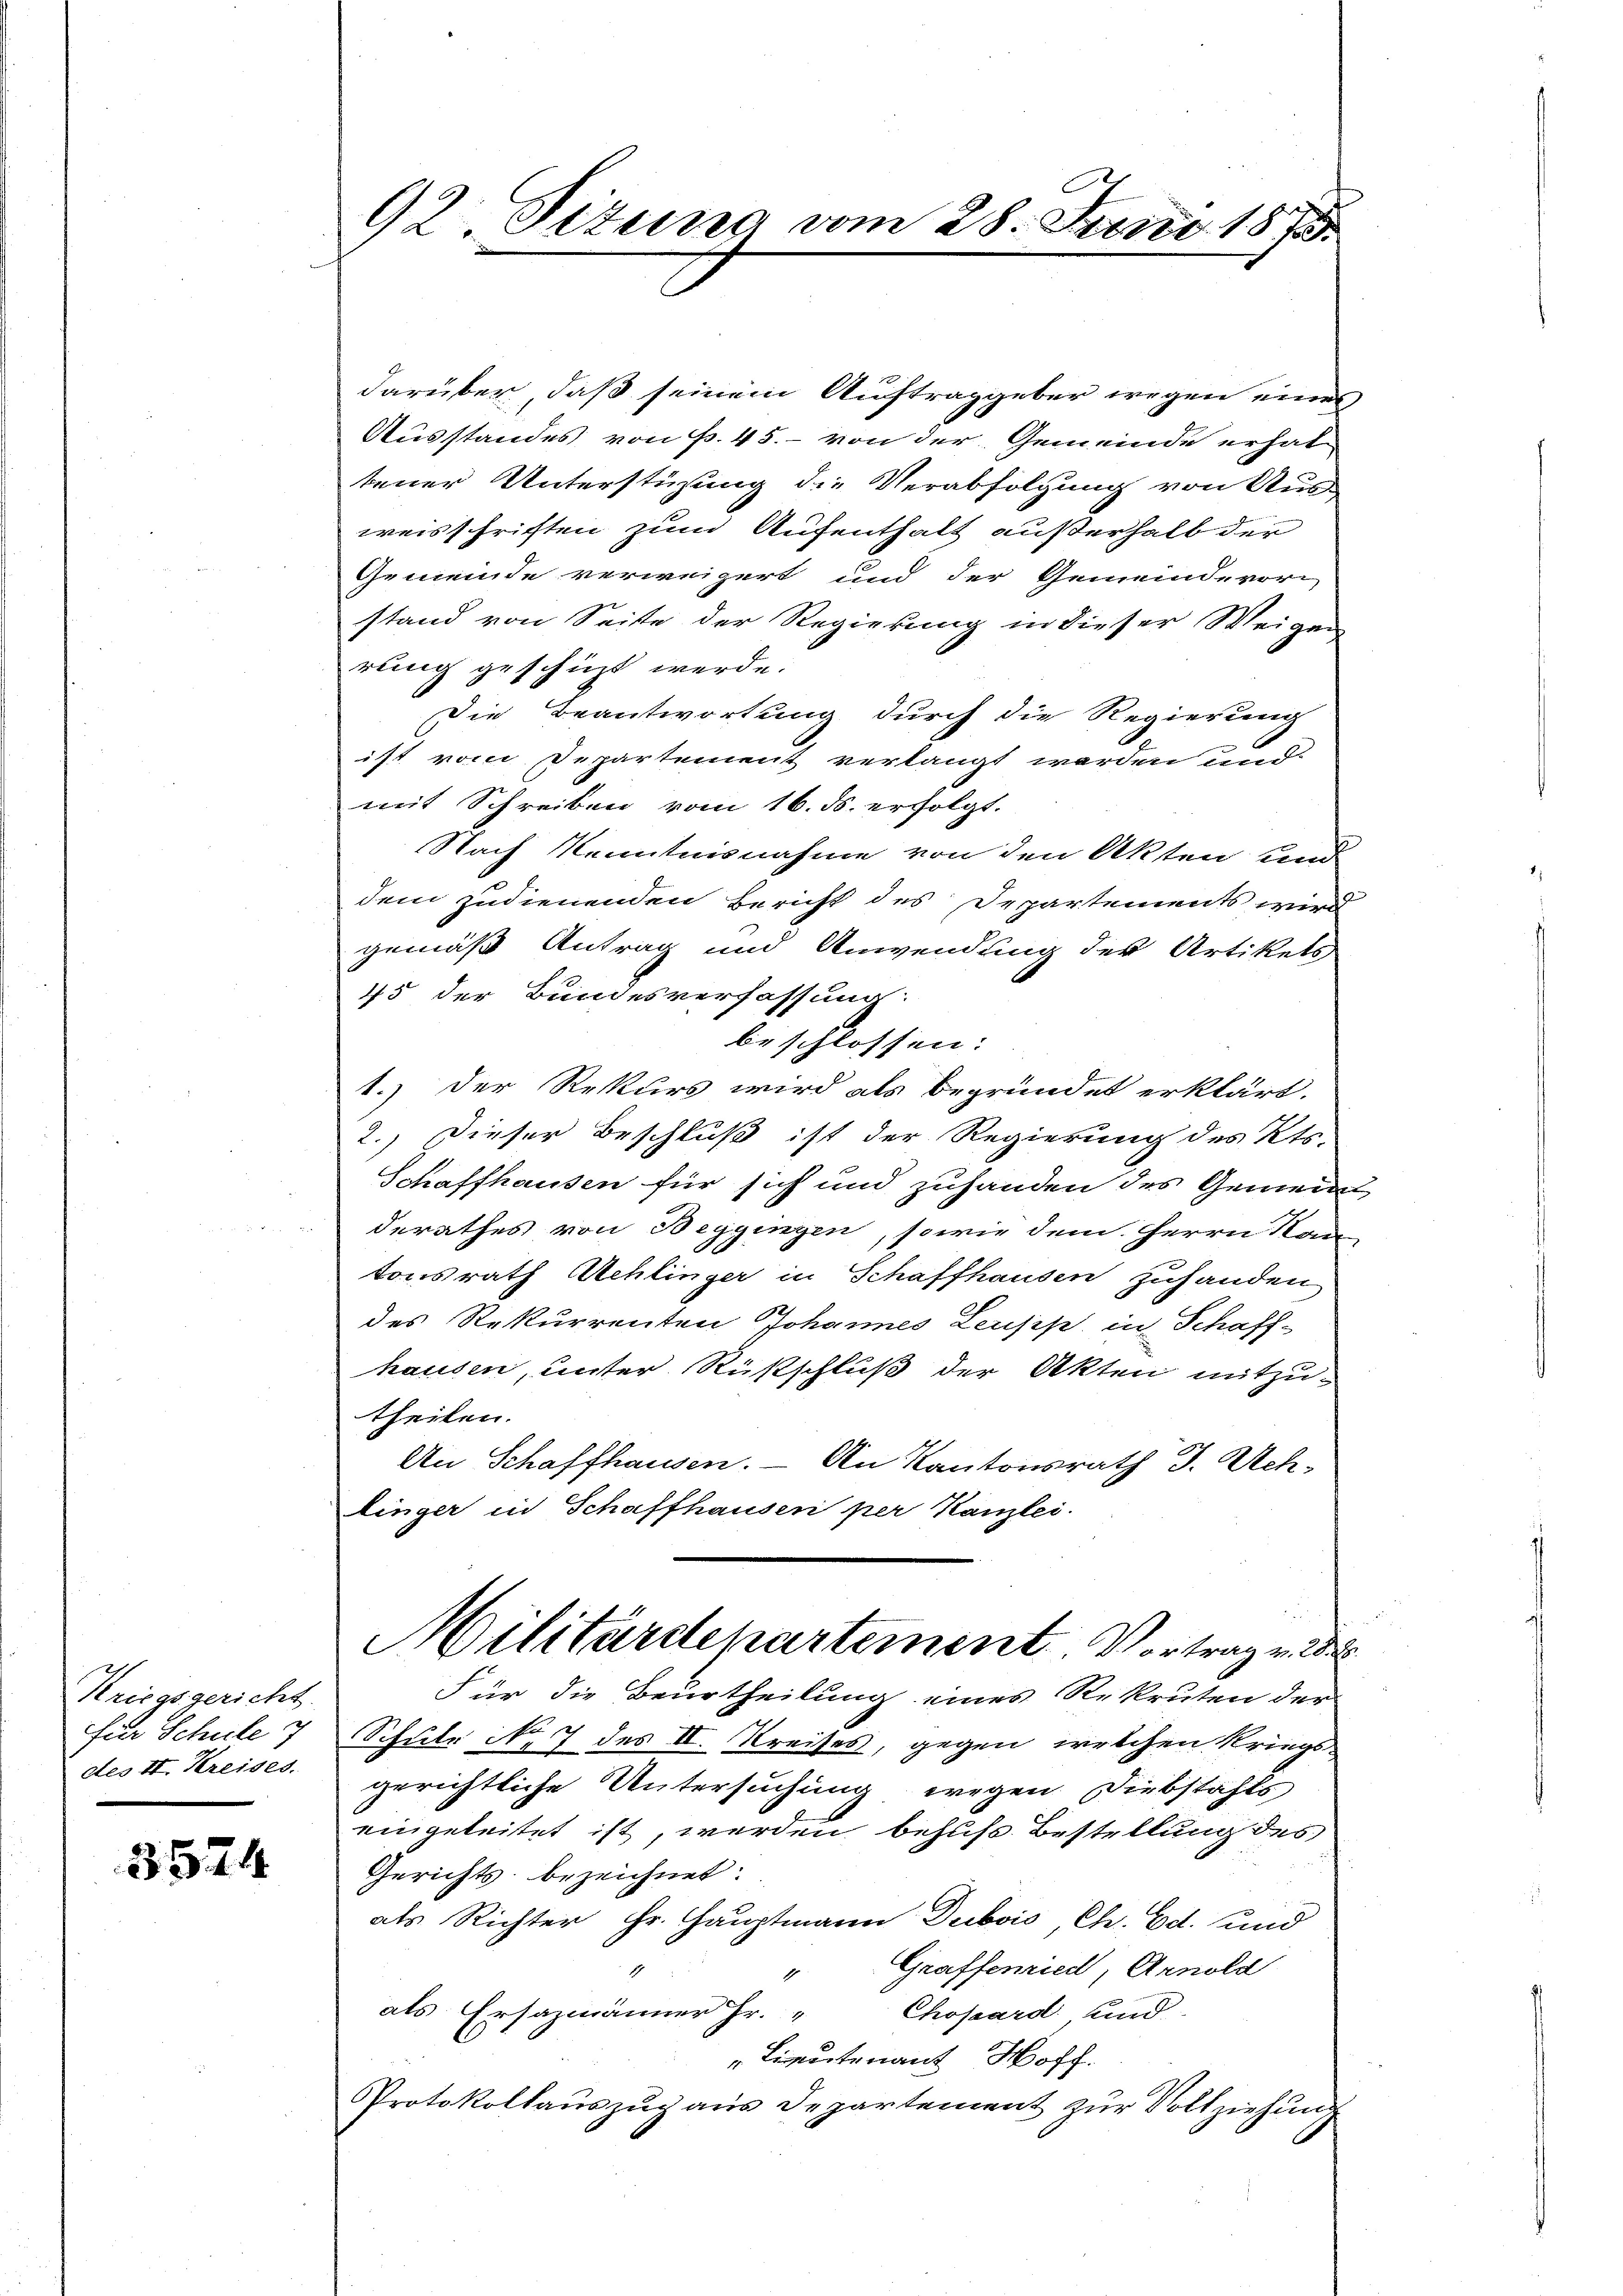
Kriegsgericht.
des II. Kreises.

3574

darüber, daß seinem Auftraggeber wegen eines
Ausstandes von f. 45. - von der Gemeinde erhal-
tener Unterstüzung die Verabfolgung von Aus
weisschriften zum Aufenthalt außerhalb der
Gemeinde verweigert und der Gemeinde vor
stand von Seite der Regierung in dieser Weigen
rung geschicht werde.
Die Beantwortung durch die Regierung
ist vom Departement verlangt werden und
mit Schreiben vom 16. ds. erfolgt.
Nach Kenntnisnahme von den Akten und
dem zudienenden Bericht des Departements wird
gemäß Antrag und Anwendung der Artikets
45 der Bundesverfassung:
beschlossen:
1.) Der Rekurs wird als begründet erklärt.
2.) Dieser Beschluß ist der Regierung des Kts.
Schaffhausen für sich und zuhanden des Gemeine,
derathes von Beggingen, sowie dem Herrn Kan
tonsrath Achlinger in Schaffhausen zuhanden
des Rekurrenten Johannes Leusis, in Schaff-
hausen, unter Rüsschluß der Akten mitzu-
theilen.
An Schaffhausen. – An Kantonsrath J. Achlinger in Schaffhausen per Kanzlei.
Militärdepartement. Vortrag v. 28
Für die Beurtheilung eines Rekruten der
für Schule 7 Schule No. 7 des II. Kreises, gegen welchen Kriegs-
gerichtliche Untersuchung wegen Diebstahls
eingeleitet ist, werden behufs Bestellung des
Gerichts bezeichnet:
e
als Richter Hr. Hauptmann Dubois, Chr. Ed. und
Graffenried, Arnold
1
als Ersazmänner Hr. " Chopard und
Lieutenant Hoff
Protokollauszug aus Departement zur Vollziehung

92 Situng vom 28. Juni 1875.

5